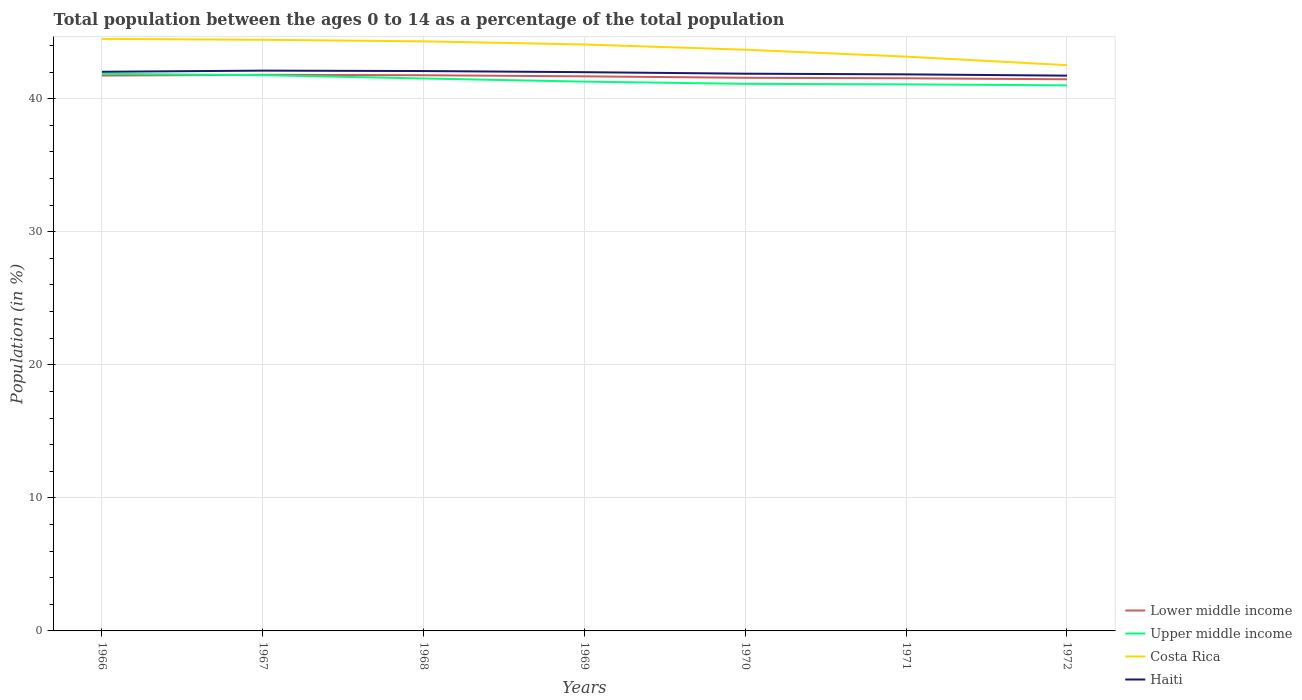
| Years | Lower middle income | Upper middle income | Costa Rica | Haiti |
 | --- | --- | --- | --- | --- |
 | 1966 | 41.7 | 41.9 | 44.5 | 42 |
 | 1967 | 41.8 | 41.8 | 44.4 | 42.1 |
 | 1968 | 41.8 | 41.5 | 44.3 | 42.1 |
 | 1969 | 41.7 | 41.3 | 44.1 | 42 |
 | 1970 | 41.6 | 41.1 | 43.7 | 41.9 |
 | 1971 | 41.5 | 41.1 | 43.2 | 41.8 |
 | 1972 | 41.5 | 41 | 42.5 | 41.7 |